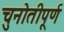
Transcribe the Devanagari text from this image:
चुनोतीपूर्ण